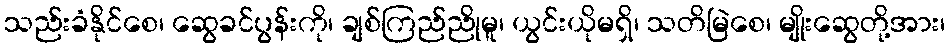
သည်းခံနိုင်စေ၊ ဆွေခင်ပွန်းကို၊ ချစ်ကြည်ညိုမူ၊ ယွင်းယိုမရှိ၊ သတိမြဲစေ၊ မျိုးဆွေတို့အား၊